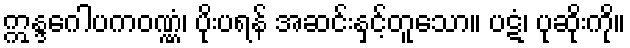
ဣန္ဒဂေါပကဝဏ္ဏံ၊ ပိုးပရန် အဆင်းနှင့်တူသော။ ပဋံ၊ ပုဆိုးကို။